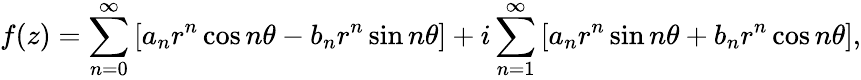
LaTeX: f(z)=\sum_{n=0}^{\infty}\left[a_{n}r^{n}\cos n\theta-b_{n}r^{n}\sin n\theta\right]+i\sum_{n=1}^{\infty}\left[a_{n}r^{n}\sin n\theta+b_{n}r^{n}\cos n\theta\right],